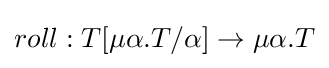
roll:T[\mu \alpha .T/\alpha ]\to \mu \alpha .T